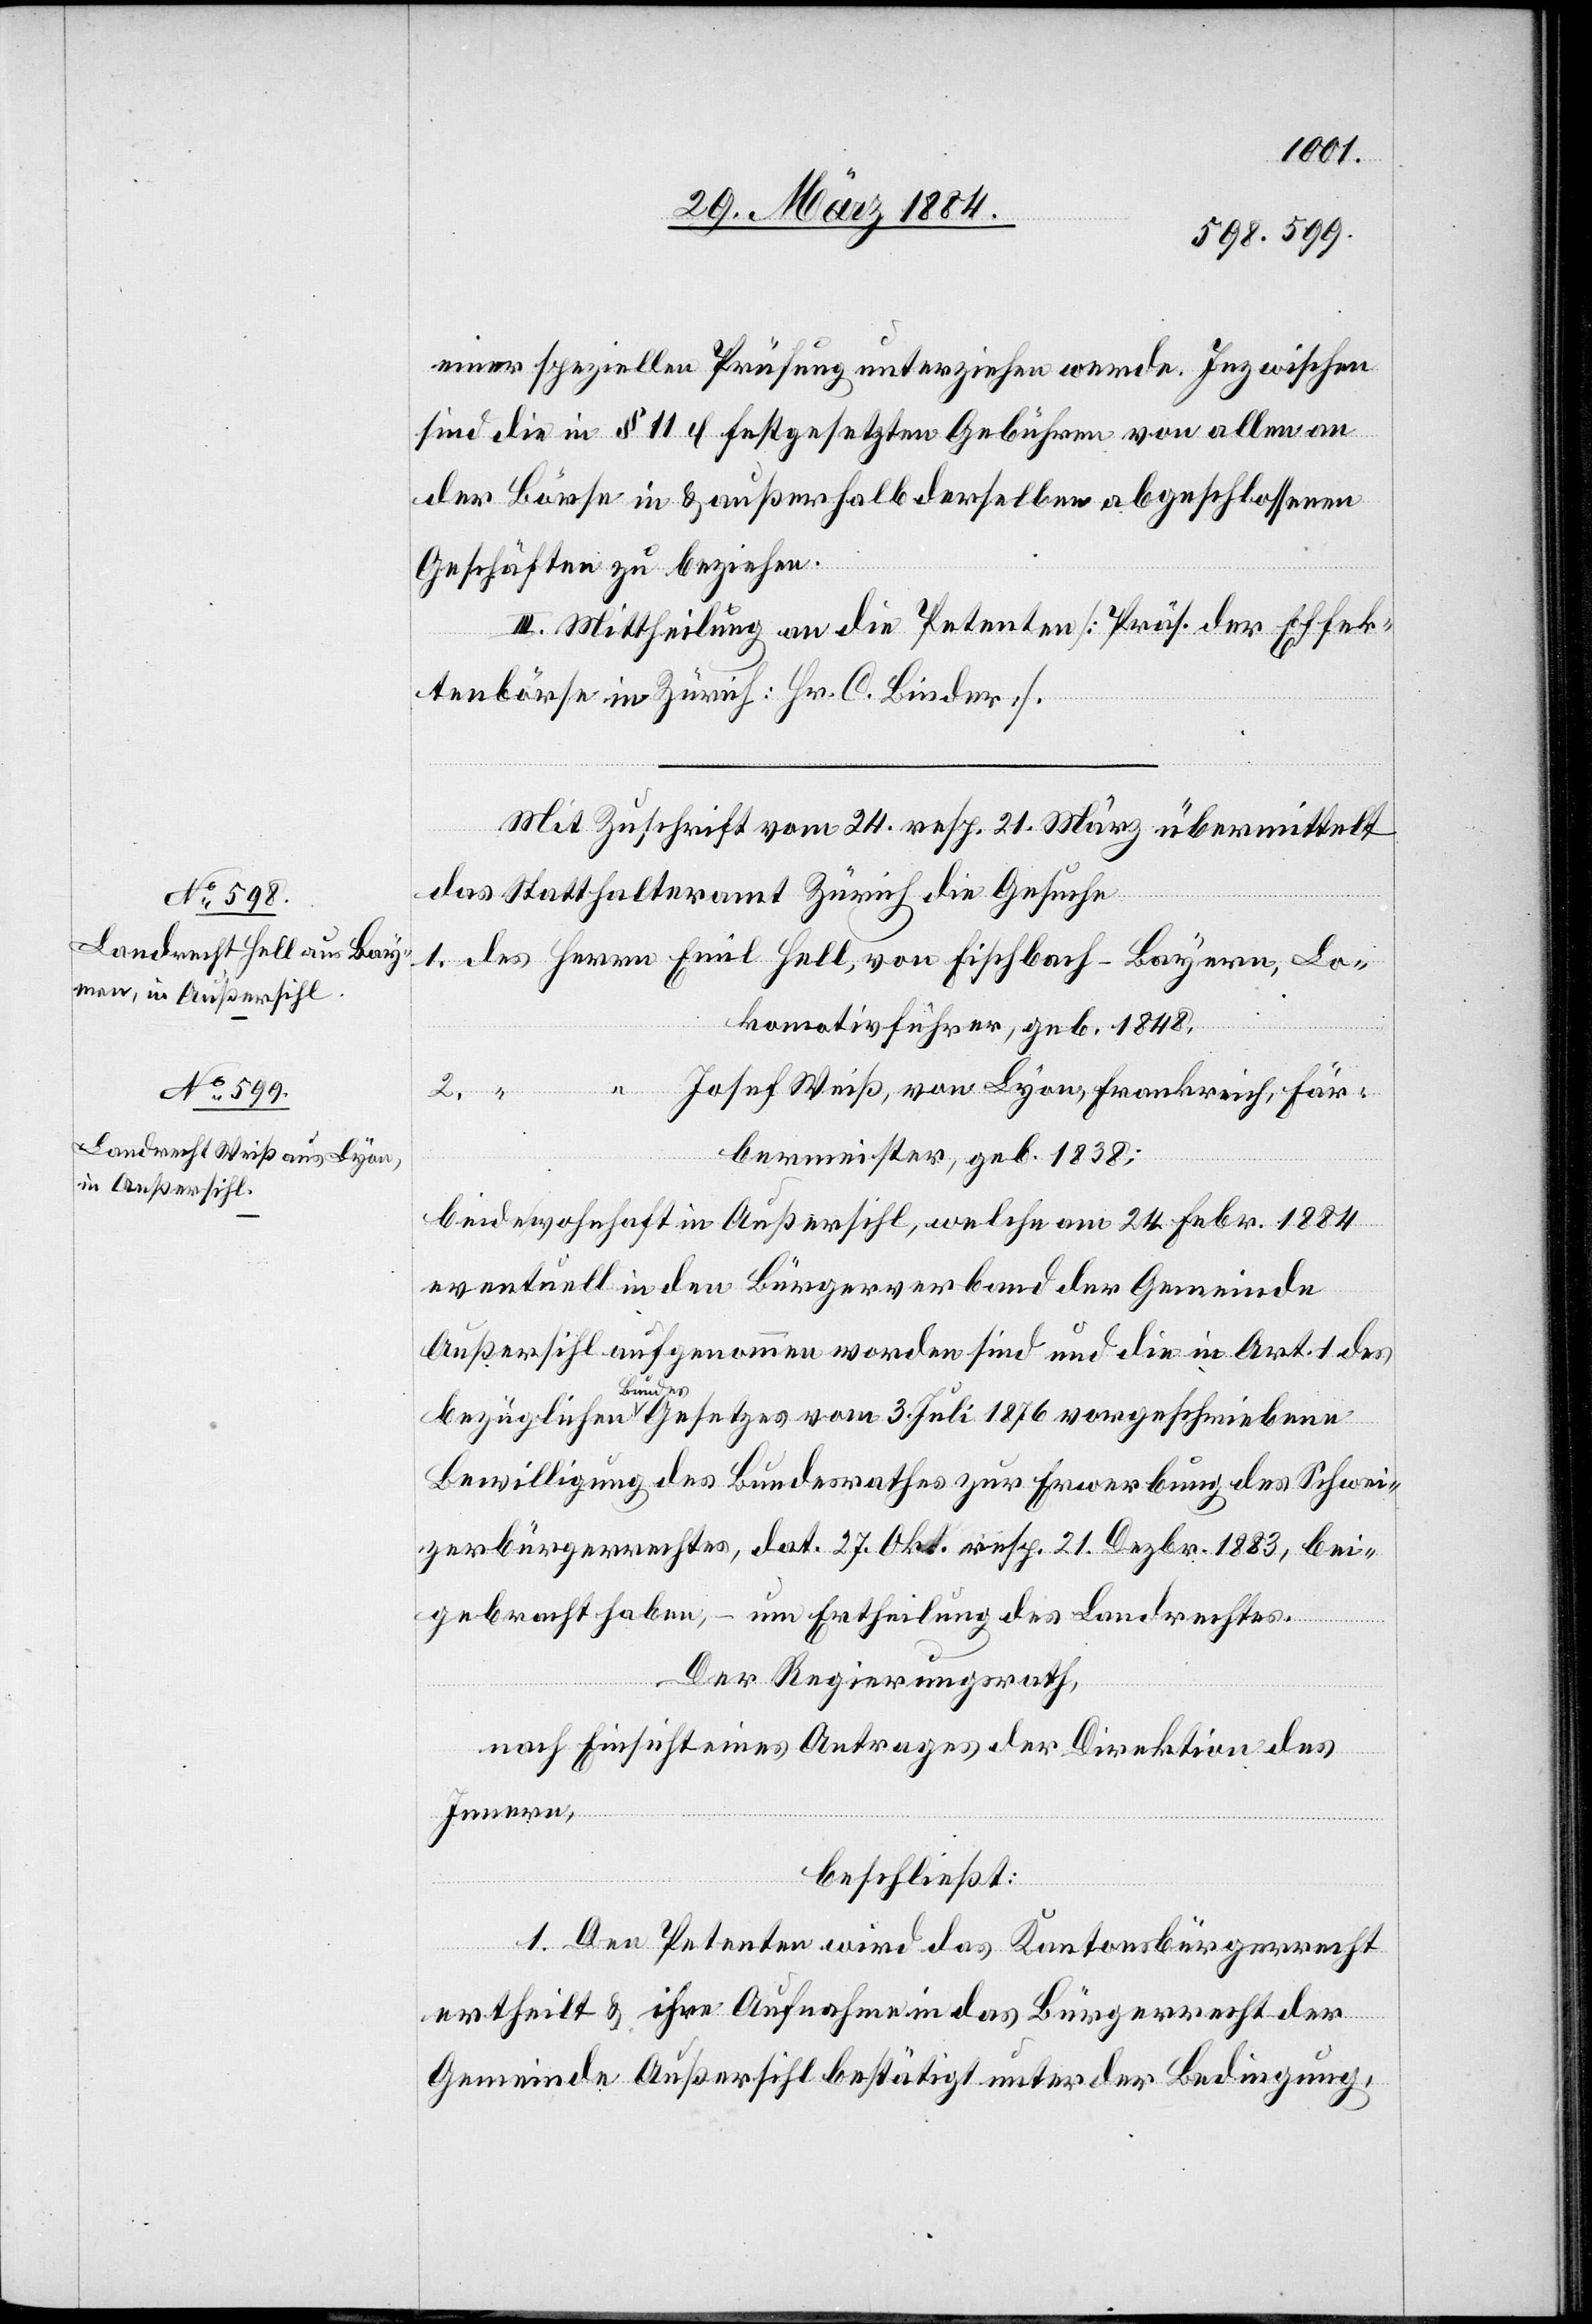
einer speziellen Prüfung unterziehen werde. Inzwischen
sind die in § 11 l festgesetzten Gebühren von allen an
der Börse in & außerhalb derselben abgeschlossenen
Geschäften zu beziehen.
III. Mittheilung an die Petenten [Präs. der Effek¬
tenbörse in Zürich: Hr. C. Binder].
Mit Zuschrift vom 24. resp. 21. März übermittelt
das Statthalteramt Zürich die Gesuche
1. des Herrn Emil Hell, von Fischbach - Bayern, Lo¬
[des Herr¬
komotivführer, geb. 1848,
n] Josef Weiß, von Lyon, Frankreich, Fär¬
bermeister, geb. 1838;
beide wohnhaft in Außersihl, welche am 24. Febr. 1884
eventuell in den Bürgerverband der Gemeinde
Außersihl aufgenommen worden sind und die in Art. 1 des
bezüglichen Bundesgesetzes vom 3. Juli 1876 vorgeschriebene
Bewilligung des Bundesrathes zur Erwerbung des Schwei¬
zerbürgerrechtes, dat. 27. Okt. resp. 21. Dezbr. 1883, bei¬
gebracht haben; – um Ertheilung des Landrechtes.
Der Regierungsrath,
nach Einsicht eines Antrages der Direktion des
Innern,
2.
beschließt:
1. Den Petenten wird das Kantonsbürgerrecht
ertheilt & ihre Aufnahme in das Bürgerrecht der
Gemeinde Außersihl bestätigt unter der Bedingung,